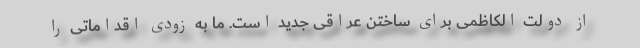
از دولت الکاظمی برای ساختن عراقی جدید است. ما به زودی اقداماتی را